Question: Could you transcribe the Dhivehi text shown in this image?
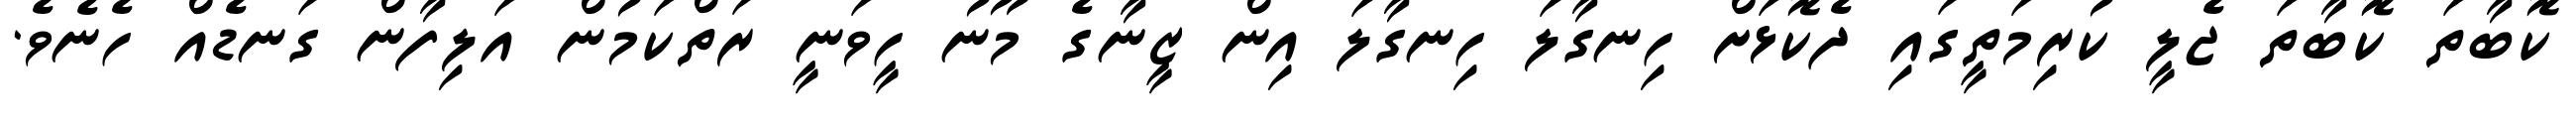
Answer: ކޮބާތަ ކޮބާތަ ޖެލީ ކުރިމަތީގައި ދެކޮޅަށް ހިނގާލަ ހިނގާލަ އިން ޒީނާގެ މޫނު ހީވަނީ ރަތްކަމުން އަލިފާން ގަނޑެއް ހެނެވެ.